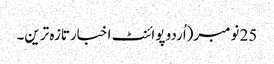
25 نومبر(اُردو پوائنٹ اخبارتازہ ترین۔